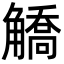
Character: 䚩